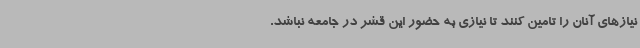
نیازهای آنان را تامین کنند تا نیازی به حضور این قشر در جامعه نباشد.